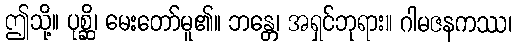
ဤသို့။ ပုစ္ဆိ၊ မေးတော်မူ၏။ ဘန္တေ၊ အရှင်ဘုရား။ ဂါမဇနကဿ၊